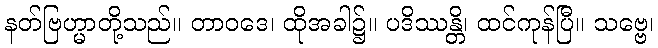
နတ်ဗြဟ္မာတို့သည်။ တာဝဒေ၊ ထိုအခါ၌။ ပဒိဿန္တိ၊ ထင်ကုန်ပြီ။ သဗ္ဗေ၊